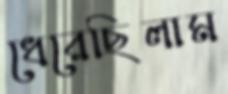
ধেরেছিলাম